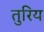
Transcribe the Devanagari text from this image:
तुरिय